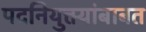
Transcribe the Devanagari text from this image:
पदनियुक्त्यांबाबत